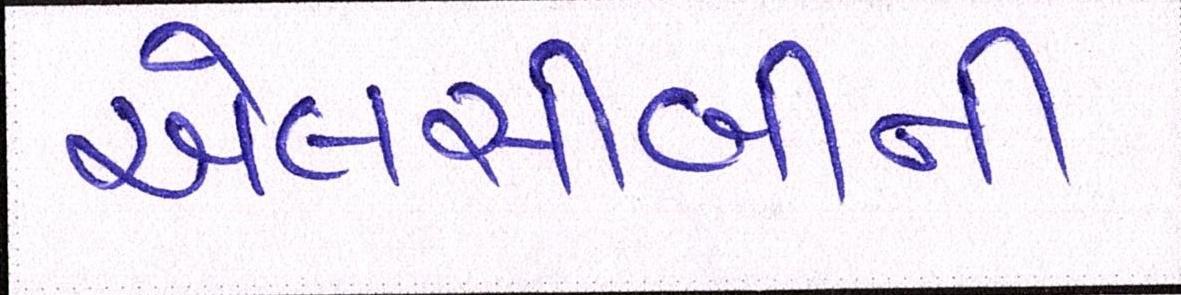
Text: એલસીબીની